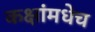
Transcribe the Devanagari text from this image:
कक्षांमधेच